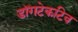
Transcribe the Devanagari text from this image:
डॉगटेकटिव